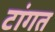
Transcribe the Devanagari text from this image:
टांगत